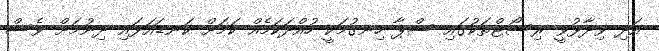
އަދި ވިދާޅުވީ ރިސޯޓްތަކުގައި ސްޕާ ހިނގުމަކީ ހުއްދަކަމެއް ކަމަށް ކަނޑައަޅައި ދިނުމަށް ވެސް